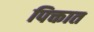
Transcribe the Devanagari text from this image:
पिक्तात